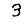
Digit: 3